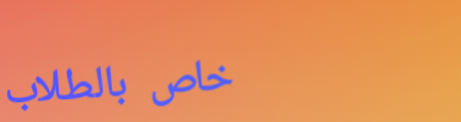
خاص بالطلاب